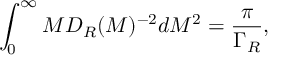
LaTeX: \int _ { 0 } ^ { \infty } M { \cal D } _ { R } ( M ) ^ { - 2 } d M ^ { 2 } = \frac { \pi } { \Gamma _ { R } } ,